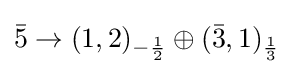
{\bar {5}}\rightarrow (1,2)_{-{1 \over 2}}\oplus ({\bar {3}},1)_{1 \over 3}